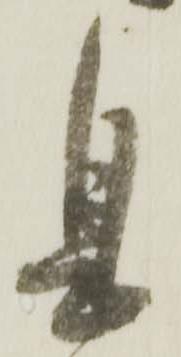
息